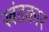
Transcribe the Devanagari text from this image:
खंडकार